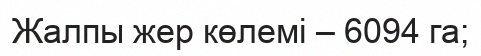
Жалпы жер көлемі – 6094 га;